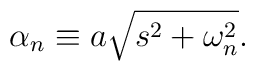
\alpha_{n}\equiv a\sqrt{s^{2}+\omega_{n}^{2}}.